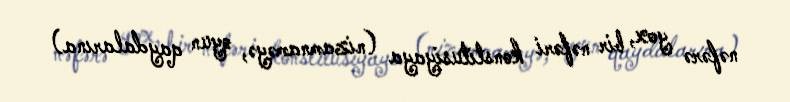
nəfərə yox, bir nəfəri konstitusiyaya (nizamnaməyə, oyun qaydalarına)